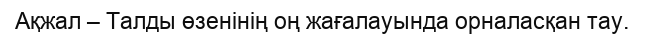
Ақжал – Талды өзенінің оң жағалауында орналасқан тау.